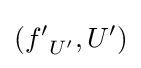
({f'}_{U'},U')